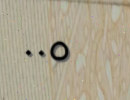
٠٠٥